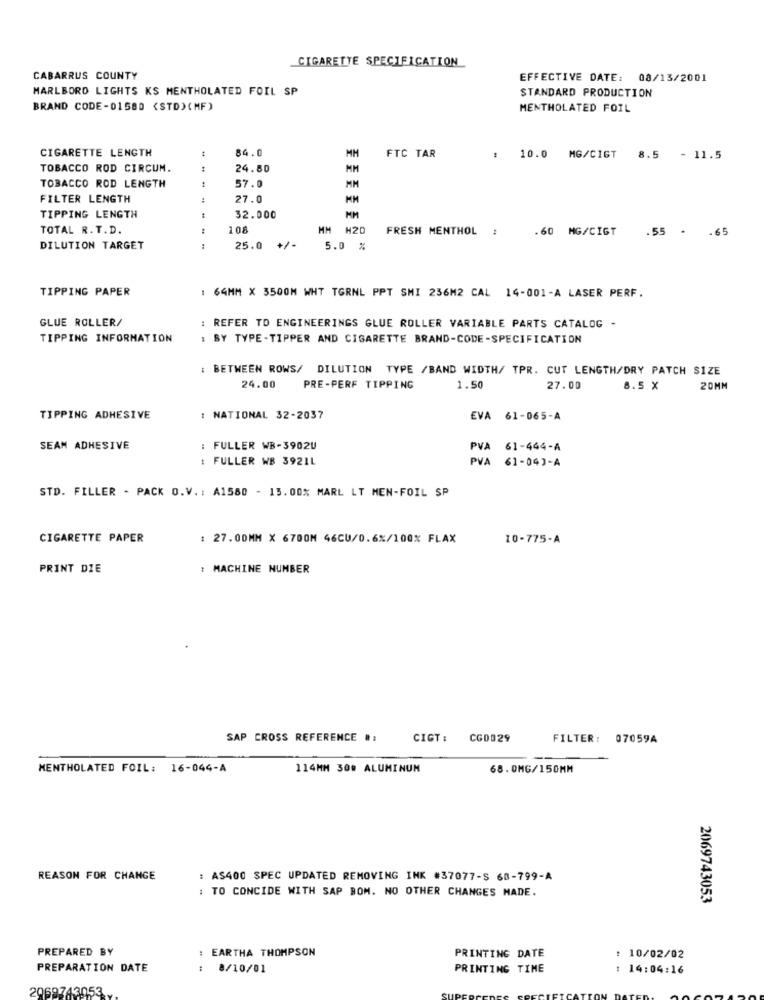
CIGARETTE SPECIFICATION
CABARRUS COUNTY
EFFECTIVE DATE: 08/13/2001
MARLBORO LIGHTS KS MENTHOLATED FOIL SP
STANDARD PRODUCTION
BRAND CODE-01580 <STD) (MF)
MENTHOLATED FOIL
CIGARETTE LENGTH
84.0
FTC TAR
MM
.
10.0 MG/CIGT
8.5 - 11.5
TOBACCO ROD CIRCUM.
24.80
MM
57.0
TOBACCO ROD LENGTH
MM
FILTER LENGTH
27.0
TIPPING LENGTH
32.000
TOTAL R. T.D.
108
MM H20
FRESH MENTHOL
.60 MG/CIGT
.55 .
.65
DILUTION TARGET
:
25.0 +/-
5.0 %
TIPPING PAPER
: 64MM X 3500M WHT TGRNL PPT SMI 236M2 CAL 14-001-A LASER PERF.
GLUE ROLLER/
: REFER TO ENGINEERINGS GLUE ROLLER VARIABLE PARTS CATALOG -
TIPPING INFORMATION
: BY TYPE -TIPPER AND CIGARETTE BRAND-CODE-SPECIFICATION
: BETWEEN ROWS/ DILUTION TYPE /BAND WIDTH/ TPR. CUT LENGTH/DRY PATCH SIZE
24.00
PRE-PERF TIPPING
1.50
27.00
8.5 X
20MM
TIPPING ADHESIVE
: NATIONAL 32-2037
EVA 61-065-A
SEAM ADHESIVE
: FULLER WB-3902U
PVA 61-444-A
: FULLER WB 3921L
PVA 61-043-A
STD. FILLER - PACK O.V .: A1580 - 13.00% MARL LT MEN-FOIL SP
CIGARETTE PAPER
: 27.00MM X 6700M 46CU/0.6%/100% FLAX
10-775-A
PRINT DIE
: MACHINE NUMBER
SAP CROSS REFERENCE #:
CIGT: CGD029
FILTER: 07059A
MENTHOLATED FOIL: 16-044-A
114MM 30# ALUMINUM
68.0MG/150MM
REASON FOR CHANGE
: AS400 SPEC UPDATED REMOVING INK #37077-S 68-799-A
: TO CONCIDE WITH SAP BOM. NO OTHER CHANGES MADE.
2069743053
PREPARED BY
: EARTHA THOMPSON
PRINTING DATE
: 10/02/02
PREPARATION DATE
: 8/10/01
PRINTING TIME
14:04:16
2069743053